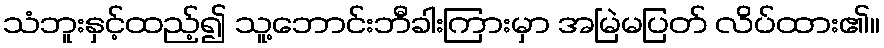
သံဘူးနှင့်ထည့်၍ သူ့ဘောင်းဘီခါးကြားမှာ အမြဲမပြတ် လိပ်ထား၏။